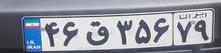
۴۶ق۳۵۶۷۹